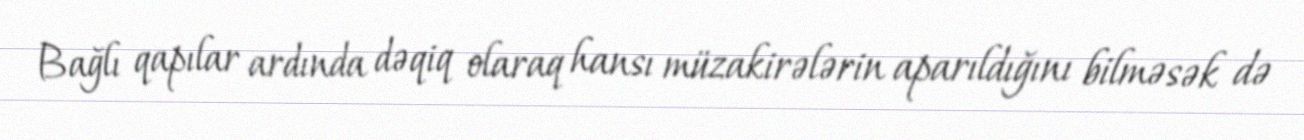
Bağlı qapılar ardında dəqiq olaraq hansı müzakirələrin aparıldığını bilməsək də